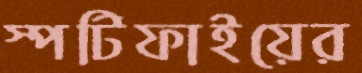
স্পটিফাইয়ের